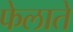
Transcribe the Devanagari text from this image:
फेलाते